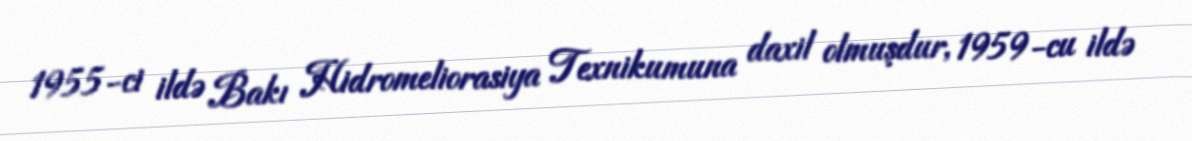
1955-ci ildə Bakı Hidromeliorasiya Texnikumuna daxil olmuşdur, 1959-cu ildə